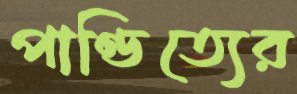
পাণ্ডিত্যের